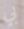
بي